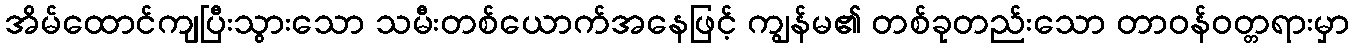
အိမ်ထောင်ကျပြီးသွားသော သမီးတစ်ယောက်အနေဖြင့် ကျွန်မ၏ တစ်ခုတည်းသော တာဝန်ဝတ္တရားမှာ